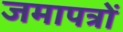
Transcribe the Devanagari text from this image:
जमापत्रों